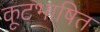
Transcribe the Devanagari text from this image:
कूटभाषित